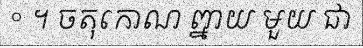
° ។ ចតុកោណ ព្នាយ មួយ ជា